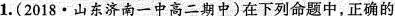
1.(2018·山东济南一中高二期中)在下列命题中，正确的